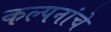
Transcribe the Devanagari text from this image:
कल्‍पनांचे